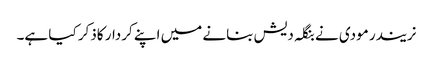
نریندر مودی نے بنگلہ دیش بنانے میں اپنے کردار کاذکر کیا ہے۔